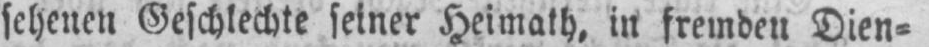
in fremden Dien⸗